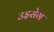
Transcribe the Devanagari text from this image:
उइसेग